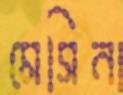
মেসিনা